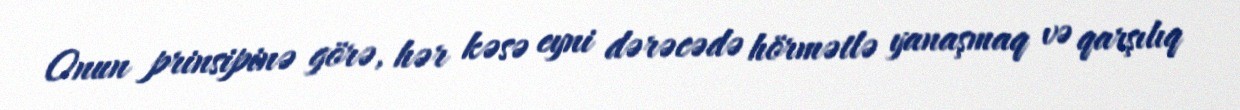
Onun prinsipinə görə, hər kəsə eyni dərəcədə hörmətlə yanaşmaq və qarşılıq